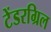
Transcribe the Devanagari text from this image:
टेंडरग्रिल